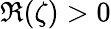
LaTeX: \Re(\zeta)>0